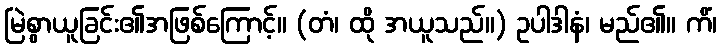
မြဲစွာယူခြင်း၏အဖြစ်ကြောင့်။ (တံ၊ ထို အယူသည်။) ဥပါဒါနံ၊ မည်၏။ ကိံ၊